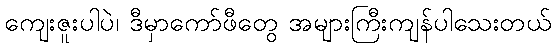
ကျေးဇူးပါပဲ၊ ဒီမှာကော်ဖီတွေ အများကြီးကျန်ပါသေးတယ်